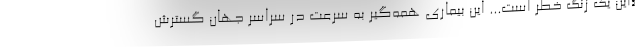
«این یک زنگ خطر است... این بیماری همه‌گیر به سرعت در سراسر جهان گسترش